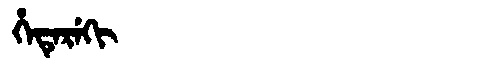
Manchu: ᡥᡝᡨᡝᡵᡝᡴᡳ
Romanization: HETEREKI